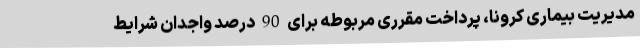
مدیریت بیماری کرونا، پرداخت مقرری مربوطه برای 90 درصد واجدان شرایط